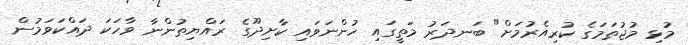
މުޅި މުޖުތަމަގެ ކުރިއެރުމަށް" ބަނދަރު މަތީގައި ހުންނަވައި ކާށިދޫގެ ރައްޔިތުންނާ ވާހަކަ ދައްކަވަމުން